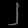
Digit: ၂